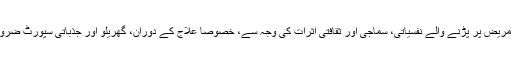
اس بیماری کے مریض پر پڑنے والے نفسیاتی، سماجی اور ثقافتی اثرات کی وجہ سے، خصوصاً علاج کے دوران، گھریلو اور جذباتی سپورٹ ضروری ہوجاتی ہے۔